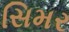
સિમર